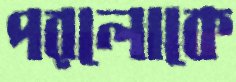
পরলোকে